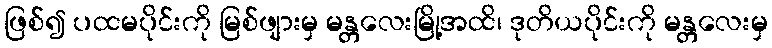
ဖြစ်၍ ပထမပိုင်းကို မြစ်ဖျားမှ မန္တလေးမြို့အထိ၊ ဒုတိယပိုင်းကို မန္တလေးမှ